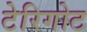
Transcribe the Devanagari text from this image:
टेरिगोट